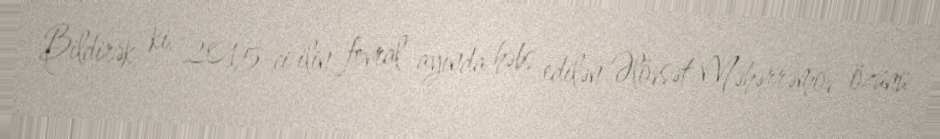
Bildirək ki, 2015-ci ilin fevral ayında həbs edilən Əlövsət Məhərrəmov özünü